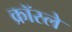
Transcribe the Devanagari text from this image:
क्रॉस्ले